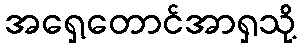
အရှေ့တောင်အာရှသို့